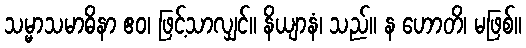
သမ္မာသမာဓိနာ ဧဝ၊ ဖြင့်သာလျှင်။ နိယျာနံ၊ သည်။ န ဟောတိ၊ မဖြစ်။